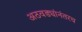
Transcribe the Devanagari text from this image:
अठवड्यांनंतरच